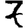
Digit: 7